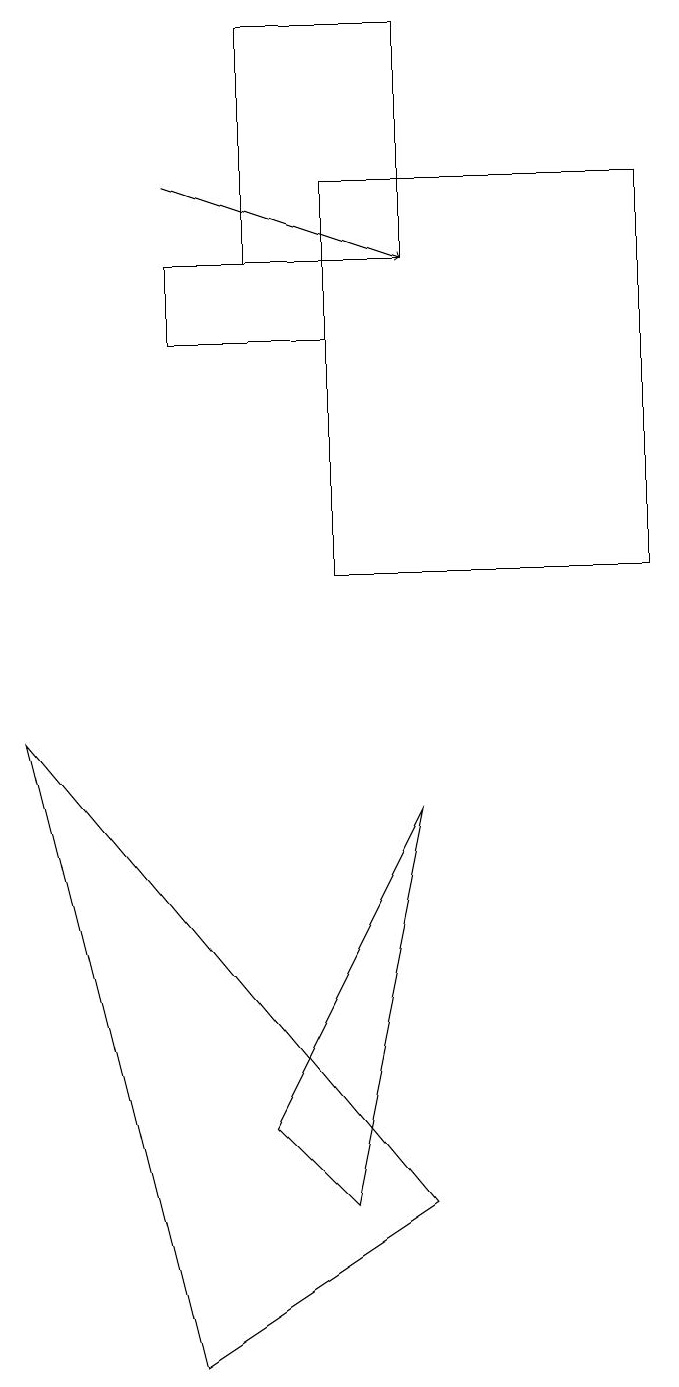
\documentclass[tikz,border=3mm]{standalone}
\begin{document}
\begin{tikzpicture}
\draw (3,18) rectangle (5,15);
\draw[->] (2,16) -- (5,15);
\draw (2,1) -- (0,9) -- (5,3) -- cycle;
\draw (4,11) rectangle (8,16);
\draw (2,14) rectangle (4,15);
\draw (3,4) -- (5,8) -- (4,3) -- cycle;
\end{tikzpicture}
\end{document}